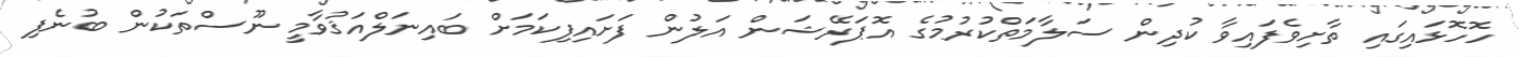
ހޮހޮޅައިގައި ތާށިވެފައިވާ ކުދިން ސަލާމަތްކުރުމުގެ އޮޕަރޭޝަން އަލުން ފަށައިފިކަމަށް ބައިނަލްއަޤުވާމީ ނޫސްތަކުން ބުނެފި